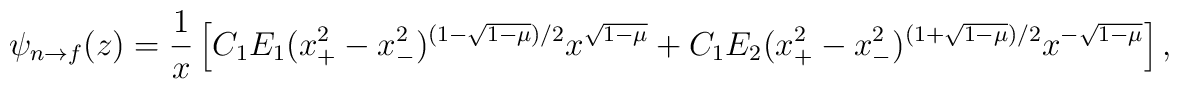
\psi_{n \to f}(z) = {1 \over x} \left [ C_1 E_1 (x_+^2 - x_-^2)^{(1-\sqrt{1-\mu})/2} x^{\sqrt{1-\mu}} +C_1 E_2 (x_+^2 - x_-^2)^{(1+\sqrt{1-\mu})/2} x ^{-\sqrt{1-\mu}} \right ],